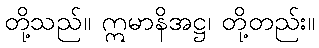
တို့သည်။ ဣမာနိအဋ္ဌ၊ တို့တည်း။